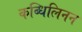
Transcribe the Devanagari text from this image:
कब्धिलिनन